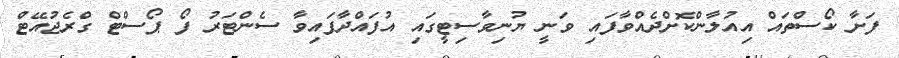
ފަށާ ކޯސްތައް އިއުލާންކޮށްދެއްވާފައި ވަނީ ޔުނިވާސިޓީގައި އުފައްދާފައިވާ ސެންޓަރު ފޯ ޕޯސްޓް ގްރެޖުއޭޓް